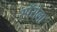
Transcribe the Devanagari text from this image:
स्पॅरोला